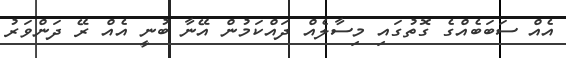
އެއް ސަބަބެއްގެ ގޮތުގައި މިސާލެއް ދައްކަމުން އޭނާ ބުނީ އެއް ރޭ ދަންވަރު